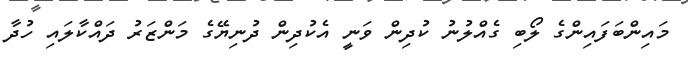
މައިންބަފައިންގެ ލޯބި ގެއްލުނު ކުދިން ވަނީ އެކުދިން ދުނިޔޭގެ މަންޒަރު ދައްކާލައި ހުދާ